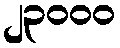
၂၃၀၀၀